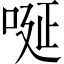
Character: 唌